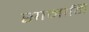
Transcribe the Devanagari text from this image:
सामानि